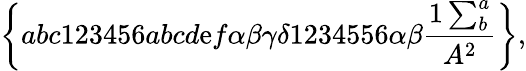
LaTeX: \left\{ abc123456abcd\mathrm{e}f\alpha\beta\gamma\delta1234556\alpha\beta\frac{{1\sum_{b}^{a}}}{{A^{2}}}\right\} ,